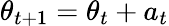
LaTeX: \theta_{t+1}=\theta_{t}+a_{t}